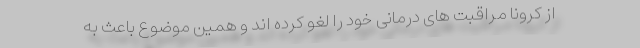
از کرونا مراقبت های درمانی خود را لغو کرده اند و همین موضوع باعث به